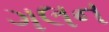
ગલન